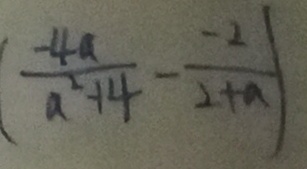
\frac { - 4 a } { a ^ { 2 } + 4 } - \frac { - 2 } { 2 + a }